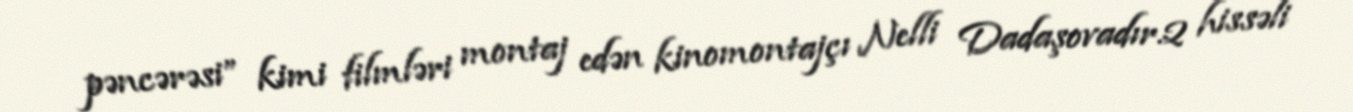
pəncərəsi” kimi filmləri montaj edən kinomontajçı Nelli Dadaşovadır.2 hissəli